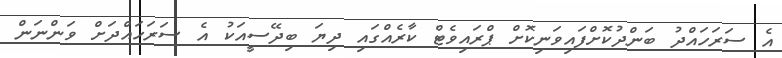
އެ ސަރަހައްދު ބަންދުކޮށްފައިވަނިކޮށް ޕްރައިވެޓް ކާރެއްގައި ދިޔަ ބިދޭސީއަކު އެ ސަރަހައްދަށް ވަންނަން